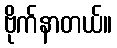
ဗိုက်နာတယ်။